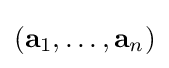
(\mathbf {a} _{1},\ldots ,\mathbf {a} _{n})